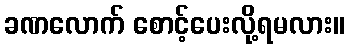
ခဏလောက် စောင့်ပေးလို့ရမလား။